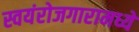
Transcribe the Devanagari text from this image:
स्वयंरोजगारामध्ये